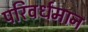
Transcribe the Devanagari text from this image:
परिवर्धमान